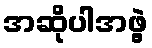
အဆိုပါအဖွဲ့